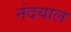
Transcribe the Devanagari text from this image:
नंदयाल